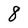
Character: 8